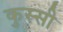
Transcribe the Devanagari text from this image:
कुस्सी